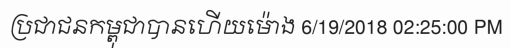
ប្រជាជនកម្ពុជាបានហើយម៉ោង 6/19/2018 02:25:00 PM